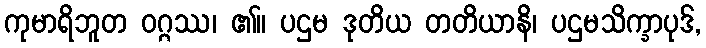
ကုမာရိဘူတ ဝဂ္ဂဿ၊ ၏။ ပဌမ ဒုတိယ တတိယာနိ၊ ပဌမသိက္ခာပုဒ်,